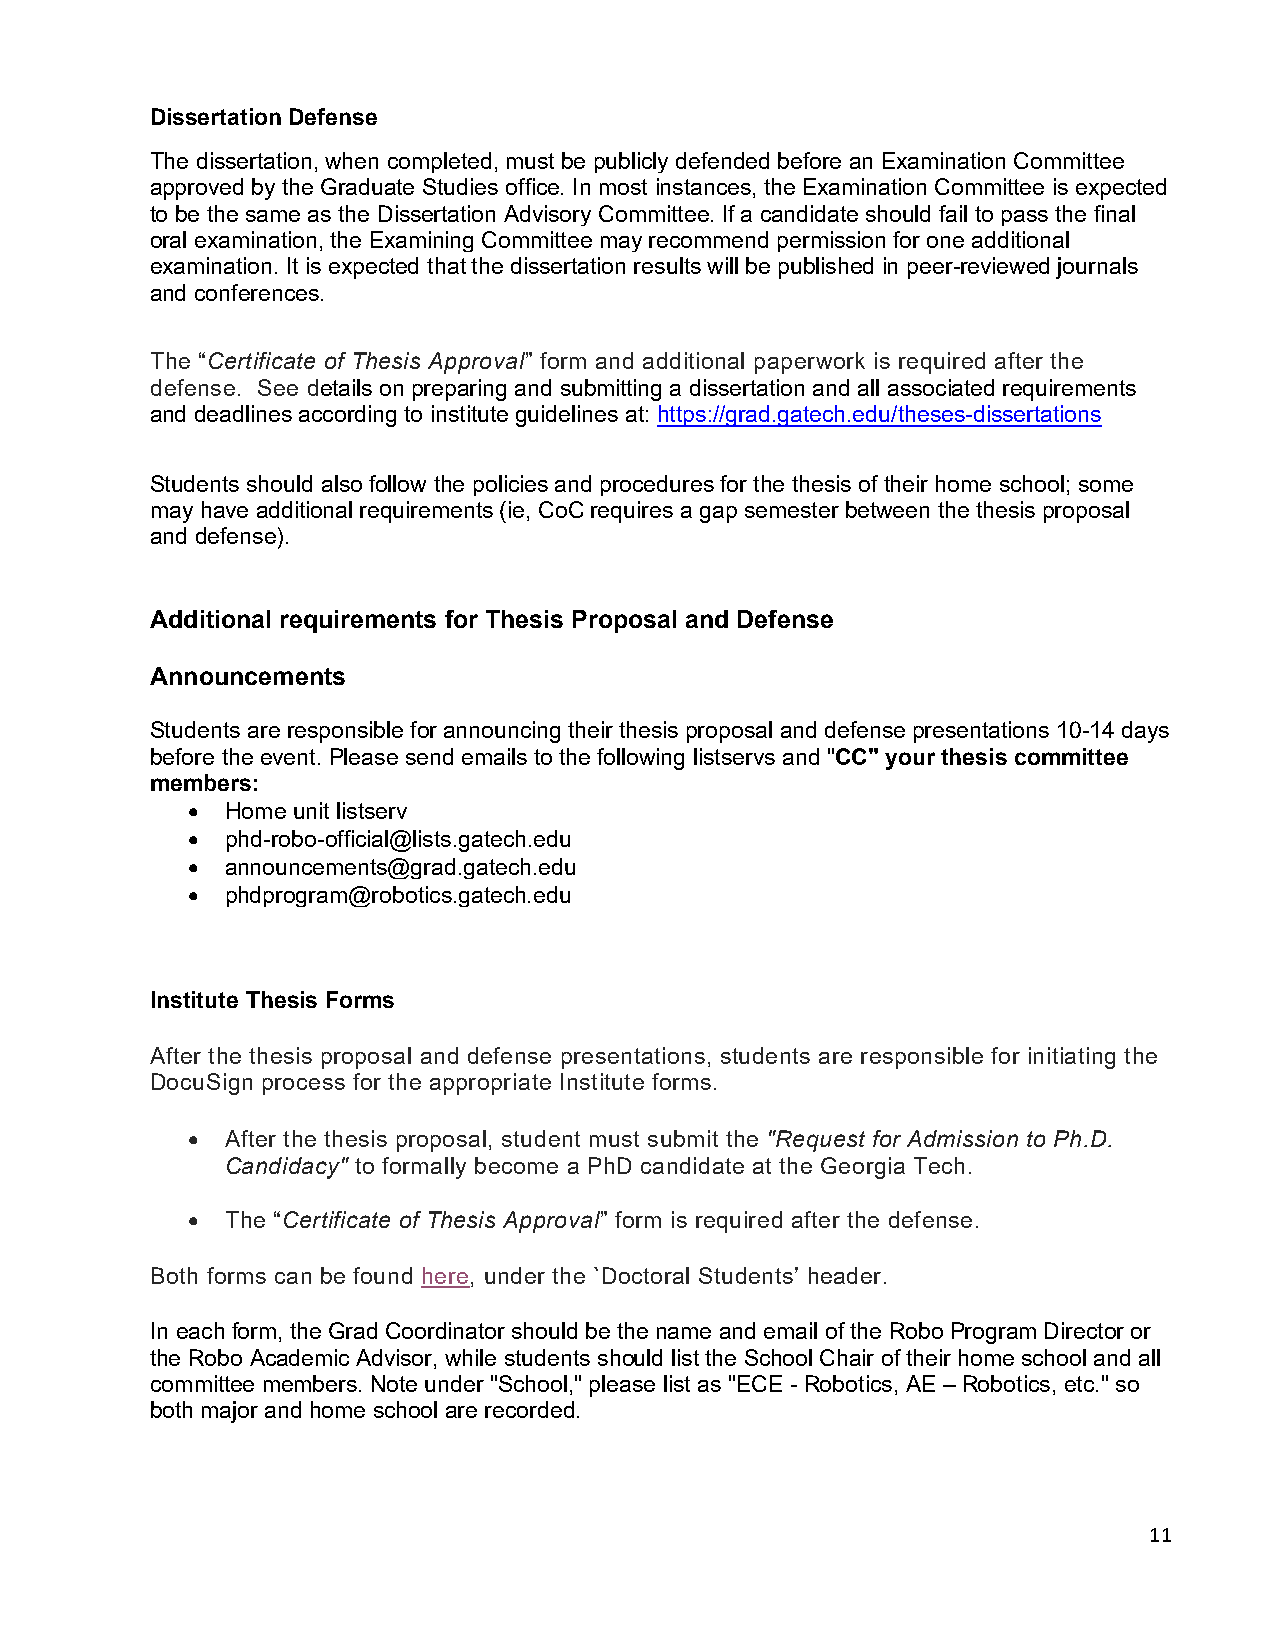
Dissertation Defense
 The dissertation, when completed, must be publicly defended before an Examination Committee
 approved by the Graduate Studies office. In most instances, the Examination Committee is expected
 to be the same as the Dissertation Advisory Committee. If a candidate should fail to pass the final
 oral examination, the Examining Committee may recommend permission for one additional
 examination. It is expected that the dissertation results will be published in peer-reviewed journals
 and conferences.
 The “Certificate of Thesis Approval” form and additional paperwork is required after the
 defense. See details on preparing and submitting a dissertation and all associated requirements
 and deadlines according to institute guidelines at: https://grad.gatech.edu/theses-dissertations
 Students should also follow the policies and procedures for the thesis of their home school; some
 may have additional requirements (ie, CoC requires a gap semester between the thesis proposal
 and defense).
 Additional requirements for Thesis Proposal and Defense
 Announcements
 Students are responsible for announcing their thesis proposal and defense presentations 10-14 days
 before the event. Please send emails to the following listservs and "CC" your thesis committee
 members:
 •  Home unit listserv
 •  phd-robo-official@lists.gatech.edu
 •  announcements@grad.gatech.edu
 •  phdprogram@robotics.gatech.edu
 Institute Thesis Forms
 After the thesis proposal and defense presentations, students are responsible for initiating the
 DocuSign process for the appropriate Institute forms.
 •  After the thesis proposal, student must submit the "Request for Admission to Ph.D.
 Candidacy" to formally become a PhD candidate at the Georgia Tech.
 •  The “Certificate of Thesis Approval” form is required after the defense.
 Both forms can be found here, under the `Doctoral Students’ header.
 In each form, the Grad Coordinator should be the name and email of the Robo Program Director or
 the Robo Academic Advisor, while students should list the School Chair of their home school and all
 committee members. Note under "School," please list as "ECE - Robotics, AE – Robotics, etc." so
 both major and home school are recorded.
 11